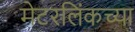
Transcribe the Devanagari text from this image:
मेटरलिंकच्या